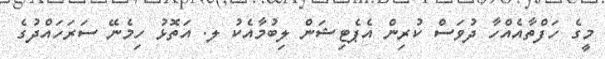
މީގެ ހަފްތާއެއްހާ ދުވަސް ކުރިން އެޕެޓިޝަން ލިބުމާއެކު ލ. އަތޮޅު ހިމެނޭ ސަރަހައްދުގެ